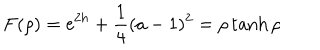
LaTeX: F ( \rho ) = \mathrm { e } ^ { 2 h } + \frac { 1 } { 4 } ( a - 1 ) ^ { 2 } = \rho \tanh \rho